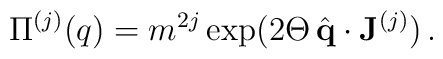
\Pi^{(j)} (q) = m^{2j} \exp (2\Theta \,\hat {\bf q}\cdot {\bf J}^{(j)})\,.